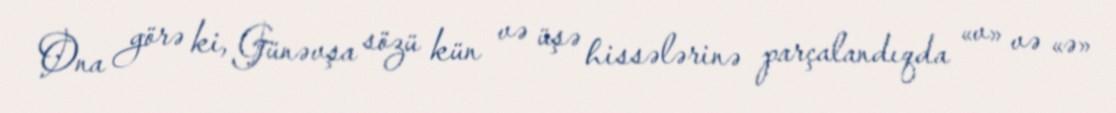
Ona görə ki, Günəvşa sözü kün və üşə hissələrinə parçalandıqda «v» və «ə»